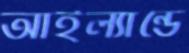
আইল্যান্ডে